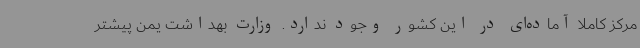
مرکز کاملاً آماده‌ای در این کشور وجود ندارد. وزارت بهداشت یمن پیشتر